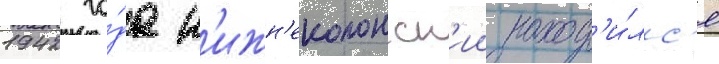
1942 го́да н'ижн'еколонск'ии наход'и́лс'я